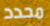
محدد